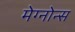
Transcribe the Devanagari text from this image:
मेग्नोन्स